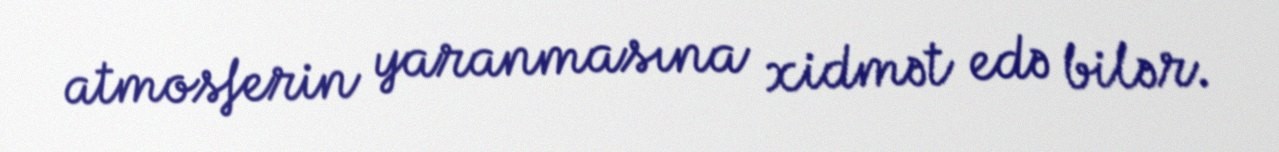
atmosferin yaranmasına xidmət edə bilər.